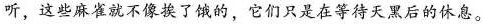
听，这些麻雀就不像挨了饿的，它们只是在等待天黑后的休息。